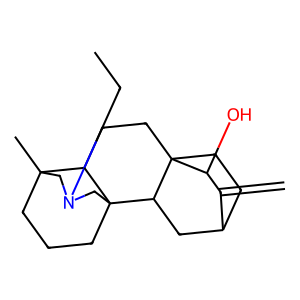
SMILES: C=C1C2CCC3(CCC4C5(C)CCCC4(CN(CC)C5)C3C2)C1O
Inhibits HIV replication: No